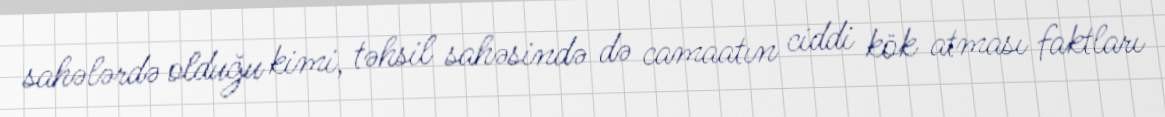
sahələrdə olduğu kimi, təhsil sahəsində də camaatın ciddi kök atması faktları